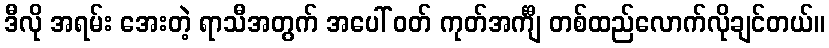
ဒီလို အရမ်း အေးတဲ့ ရာသီအတွက် အပေါ် ဝတ် ကုတ်အင်္ကျီ တစ်ထည်လောက်လိုချင်တယ်။